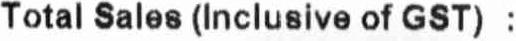
TOTAL SALES (INCLUSIVE OF GST) :